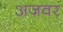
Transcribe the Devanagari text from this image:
अजवर